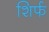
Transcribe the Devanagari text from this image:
शिर्फ